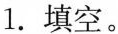
1.填空。